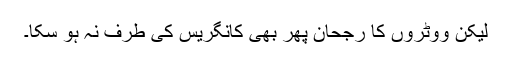
لیکن ووٹروں کا رجحان پھر بھی کانگریس کی طرف نہ ہو سکا۔